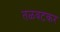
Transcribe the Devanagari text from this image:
तळवटकर